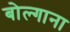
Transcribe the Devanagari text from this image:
बोल्गाना